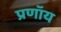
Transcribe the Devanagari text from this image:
प्रणॉय